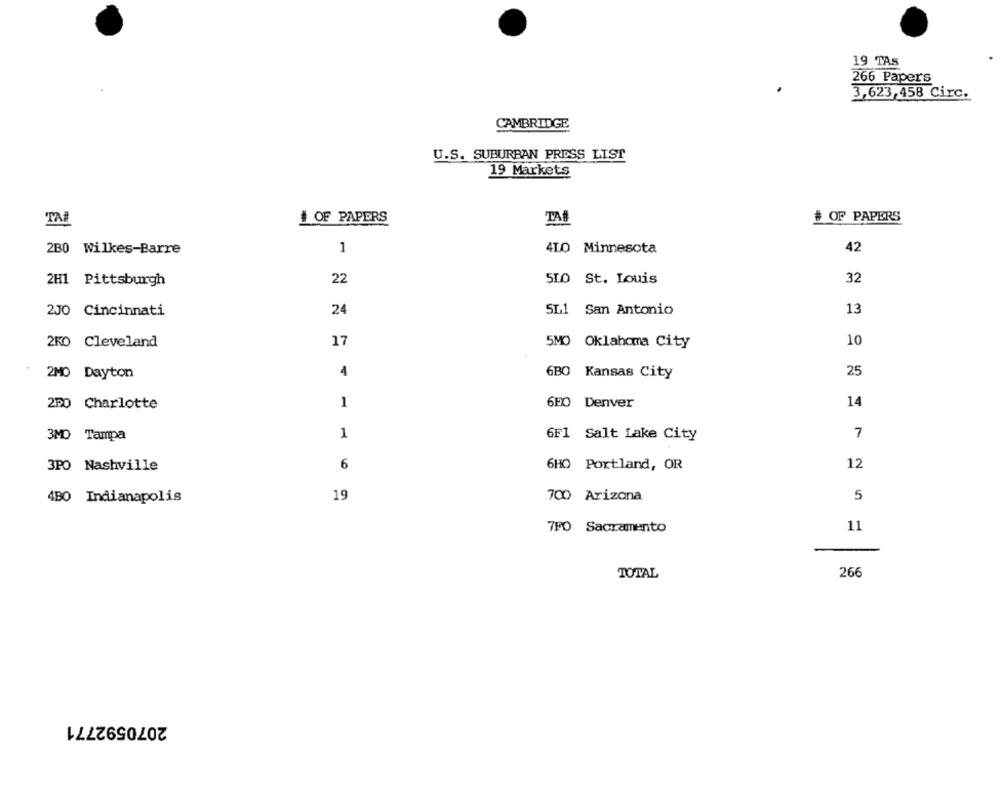
19 TAS
266 Papers
3,623,458 Circ.
CAMBRIDGE
U.S. SUBURBAN PRESS LIST
19 Markets
TA
# OF PAPERS
TAS
# OF PAPERS
2B0 Wilkes-Barre
1
4LO Minnesota
42
2H1 Pittsburgh
22
SLO St. Louis
32
2JO Cincinnati
24
SL1
San Antonio
13
2KO Cleveland
17
5MO Oklahoma City
10
4
6BO
25
2MO Dayton
Kansas City
1
6F0
Denver
14
250 Charlotte
1
6F1
7
3MD Tampa
Salt Lake City
3PO Nashville
6
6HO Portland, OR
12
4BO Indianapolis
19
700 Arizona
5
7FO Sacramento
11
TOTAL
266
2070592771